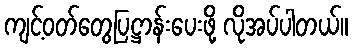
ကျင့်ဝတ်တွေပြဋ္ဌာန်းပေးဖို့ လိုအပ်ပါတယ်။